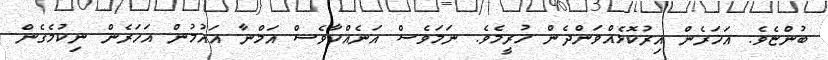
ބުންޏެވެ. އަހަރެން އިރުކޮޅެއްވަންދެން ހުރީމެވެ. ނަމަވެސް އަނެއްކާވެސް އަމްނާ އައުމުން އަހަރެން ނިކުމެގެން